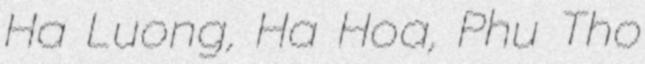
Ha Luong, Ha Hoa, Phu Tho